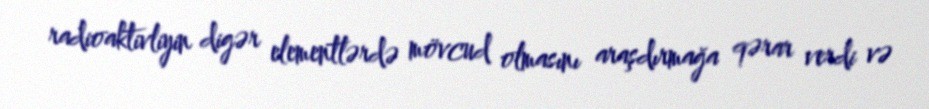
radioaktivliyin digər elementlərdə mövcud olmasını araşdırmağa qərar verdi və